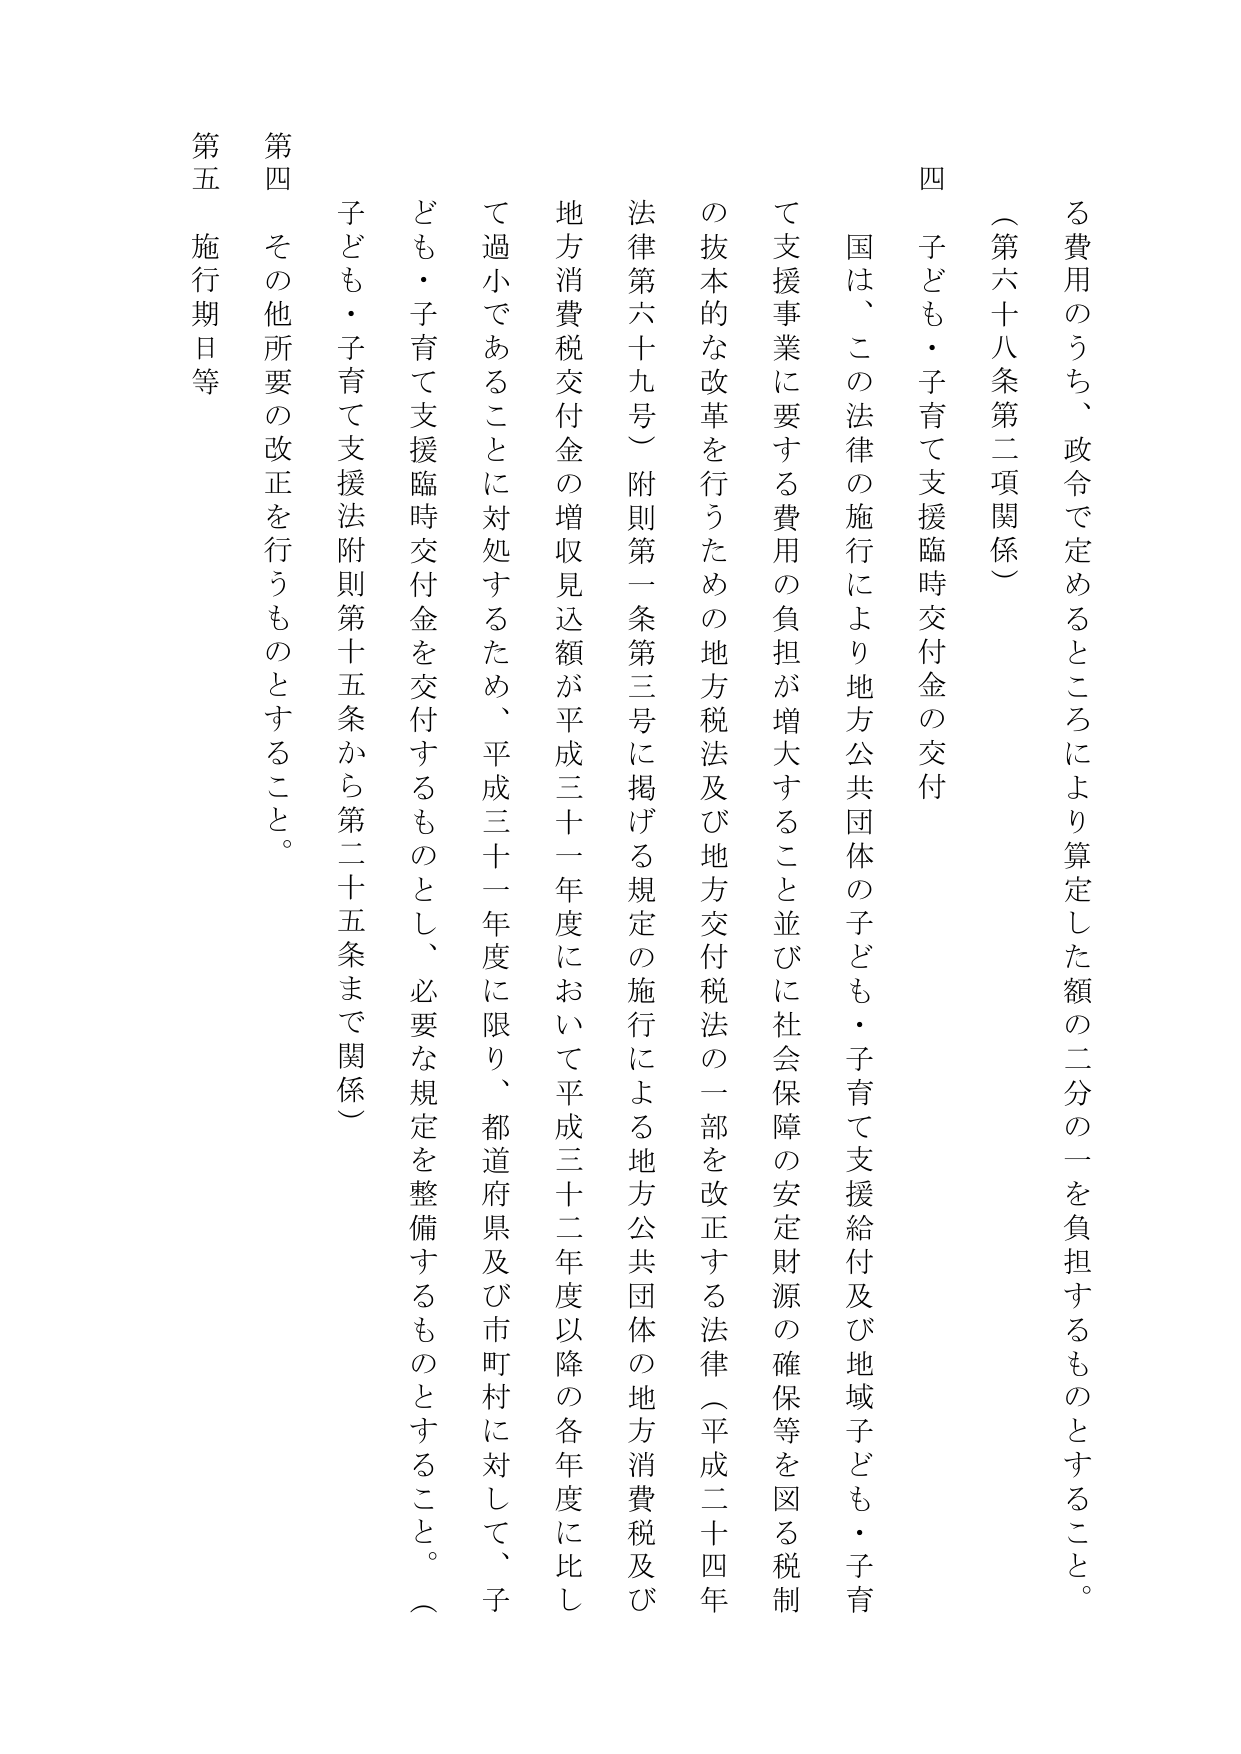
る費用のうち、政令で定めるところにより算定した額の二分の一を負担するものとすること。

（第六十八条第二項関係）

四 子ども・子育て支援臨時交付金の交付

国は、この法律の施行により地方公共団体の子ども・子育て支援給付及び地域子ども・子育て支援事業に要する費用の負担が増大すること並びに社会保障の安定財源の確保等を図る税制の抜本的な改革を行うための地方税法及び地方交付税法の一部を改正する法律（平成二十四年法律第六十九号）附則第一条第三号に掲げる規定の施行による地方公共団体の地方消費税及び地方消費税交付金の増収見込額が平成三十一年度において平成三十二年度以降の各年度に比して過小であることに対処するため、平成三十一年度に限り、都道府県及び市町村に対して、子ども・子育て支援臨時交付金を交付するものとし、必要な規定を整備するものとすること。（子ども・子育て支援法附則第十五条から第二十五条まで関係）

第四 その他所要の改正を行うものとすること。

第五 施行期日等